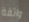
واثقة